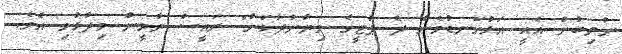
ނުލިބުން އެއީ އަޅުގަނޑުމެން ދެ ޕާޓީގެ ވިޔާނުދާކަން" ރައީސް ޔާމީން ވިދާޅުވި އެވެ.